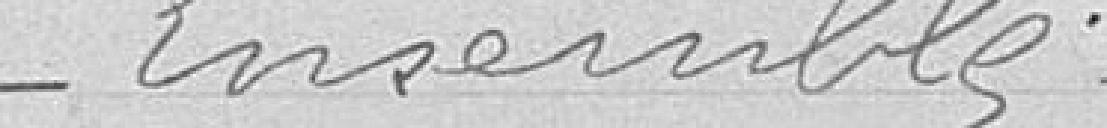
Ensemble